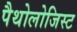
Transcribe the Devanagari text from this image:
पैथोलोजिस्ट